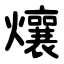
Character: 爙